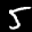
Label: 5